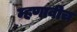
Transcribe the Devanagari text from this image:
म्हणावीच